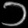
Digit: ၁